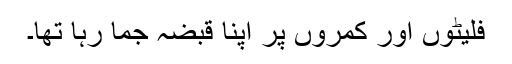
فلیٹوں اور کمروں پر اپنا قبضہ جما رہا تھا۔